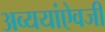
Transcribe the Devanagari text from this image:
अव्ययांऐवजी